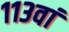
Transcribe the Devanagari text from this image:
११३वां